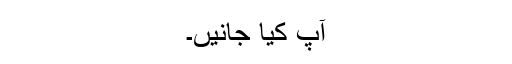
آپ کیا جانیں۔